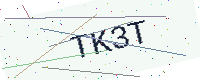
Text: TK3T